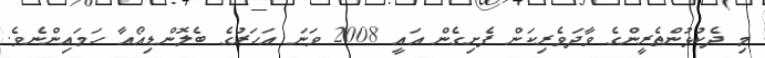
މި ދެކުޅުންތެރީންގެ ވާދަވެރިކަން ފެށިގެން އައީ 2008 ވަނަ އަހަރުގެ ބެލޮންޑިއޯއާ ހަމައިންނެވެ.